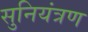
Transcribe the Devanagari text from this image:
सुनियंत्रण